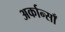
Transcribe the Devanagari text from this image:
अर्कान्साँ